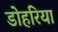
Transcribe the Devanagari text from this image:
डोहरिया